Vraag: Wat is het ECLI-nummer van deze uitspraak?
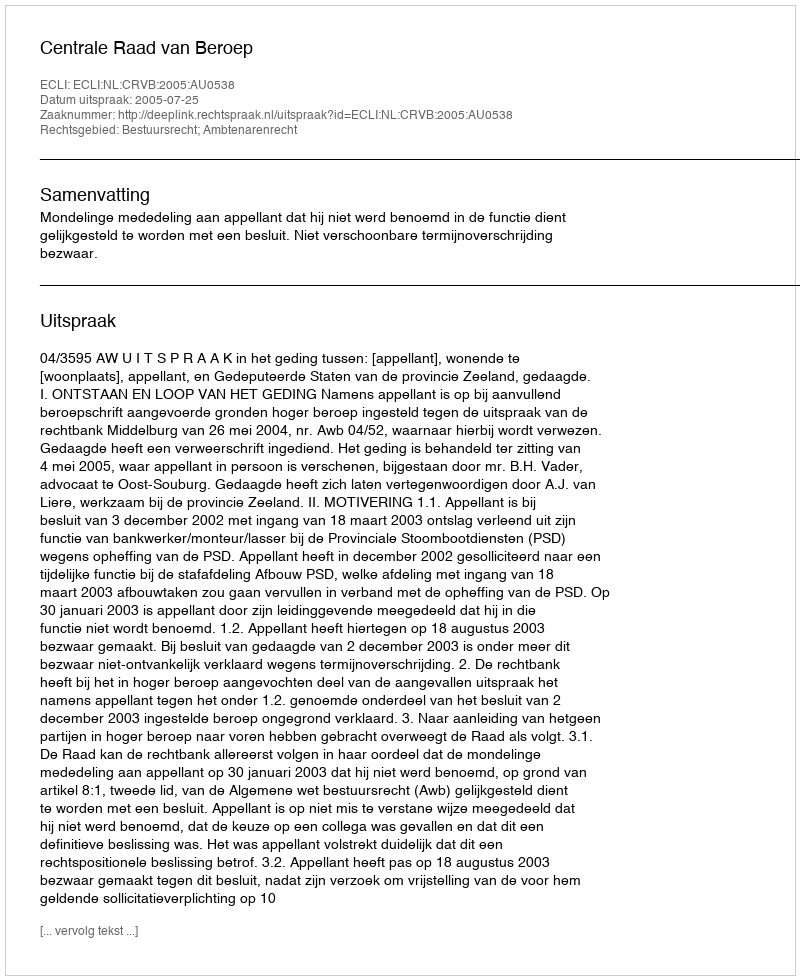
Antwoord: ECLI:NL:CRVB:2005:AU0538